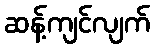
ဆန့်ကျင်လျက်